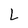
Character: L